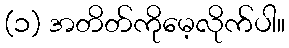
(၁) အတိတ်ကိုမေ့လိုက်ပါ။